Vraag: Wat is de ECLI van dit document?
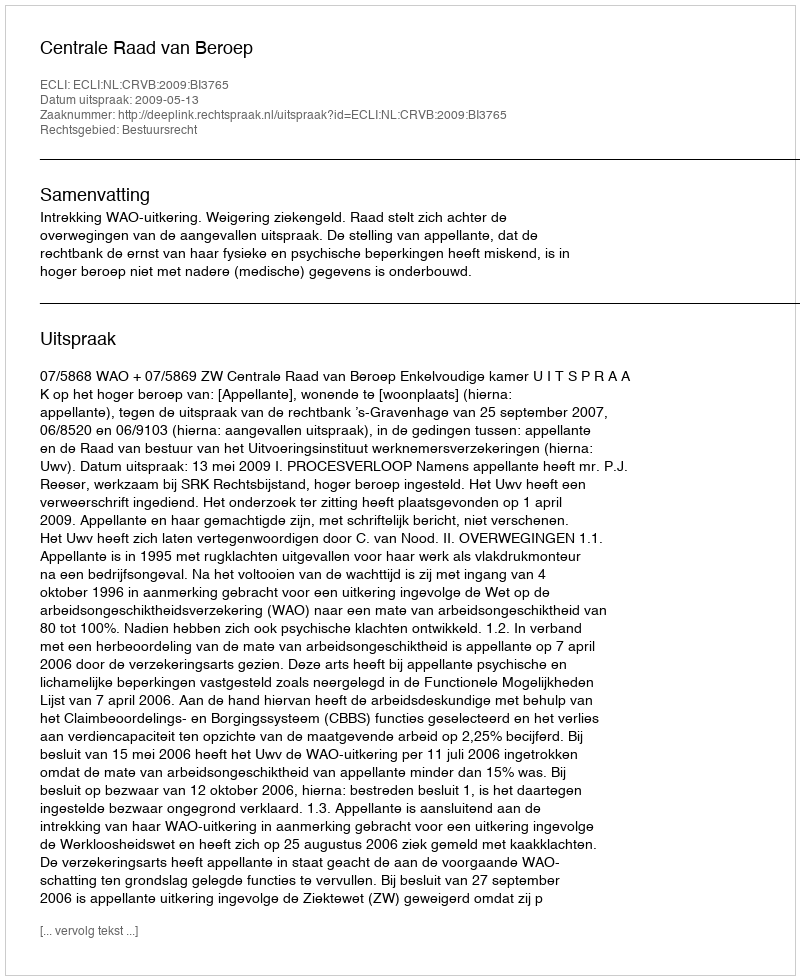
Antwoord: ECLI:NL:CRVB:2009:BI3765